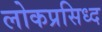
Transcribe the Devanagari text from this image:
लोकप्रसिध्द